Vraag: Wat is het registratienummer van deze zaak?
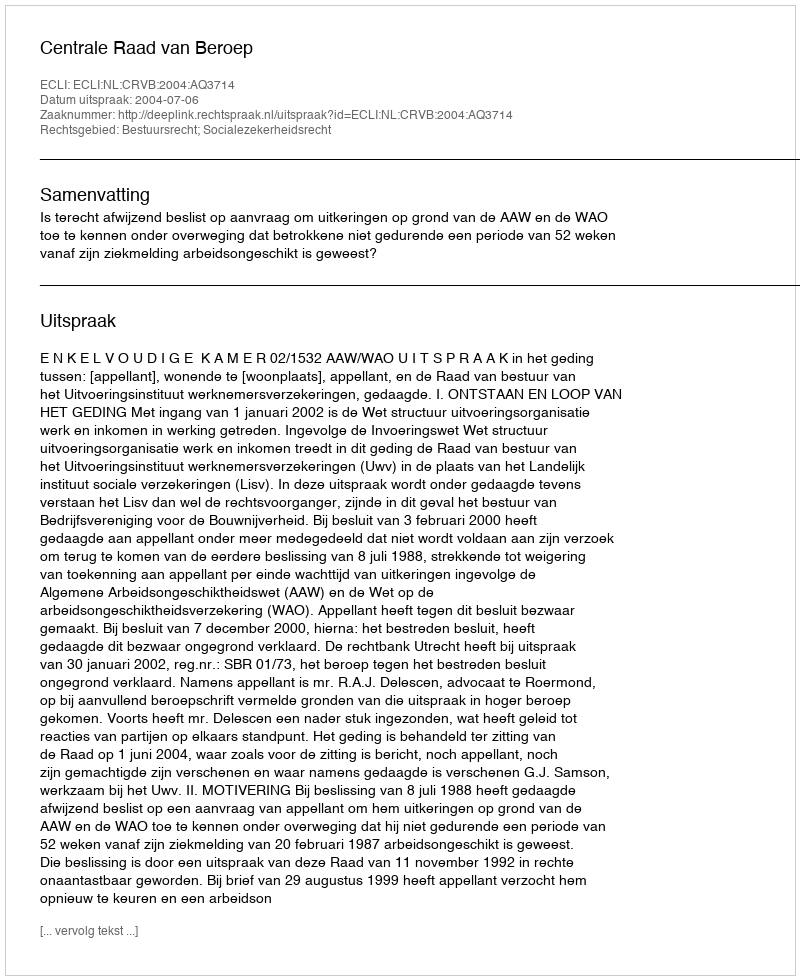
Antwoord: http://deeplink.rechtspraak.nl/uitspraak?id=ECLI:NL:CRVB:2004:AQ3714